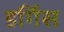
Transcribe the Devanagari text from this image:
डर्गिस